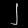
Digit: ၂